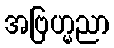
အဗြဟ္မညာ